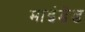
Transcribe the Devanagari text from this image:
माइंडेड